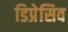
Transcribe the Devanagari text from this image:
डिप्रेसिव